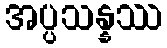
အပ္ပသန္နဿ